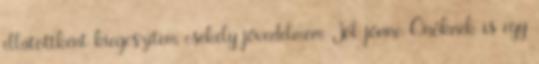
ellátottként kiegészítem csekély jövedelmem Jól jönne Önöknek is egy